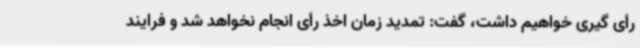
رأی گیری خواهیم داشت، گفت: تمدید زمان اخذ رأی انجام نخواهد شد و فرایند